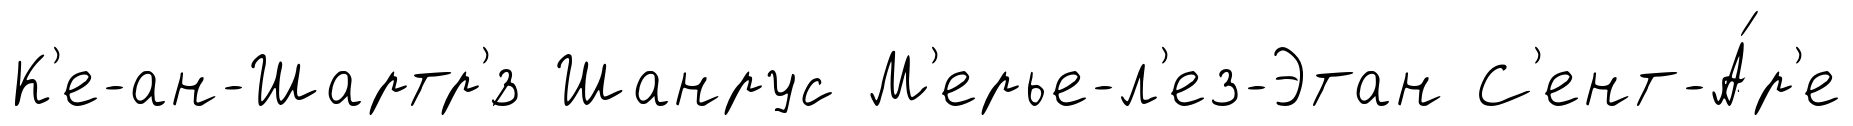
К'е-ан-Шартр'́з Шанрус М'ерье-л'ез-Этан С'ент-А́р'е